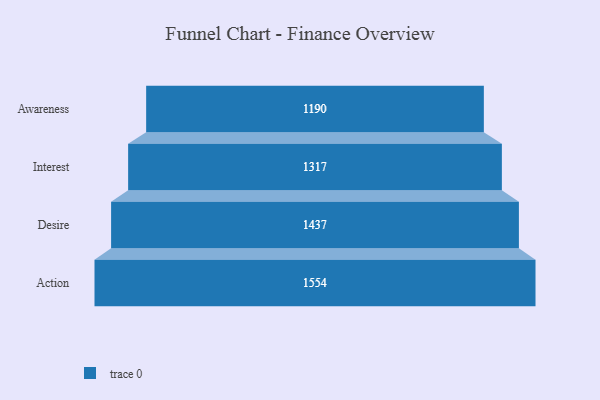
{"axis": {"x": "Stage", "y": "Value"}, "legend": [""], "data": [{"x": "Awareness", "y": 1190.0, "type": ""}, {"x": "Interest", "y": 1317.0, "type": ""}, {"x": "Desire", "y": 1437.0, "type": ""}, {"x": "Action", "y": 1554.0, "type": ""}]}